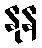
နုန